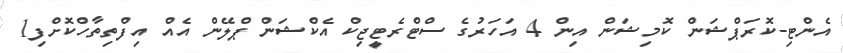
އެންޓި-ކޮރަޕްޝަން ކޮމިޝަން އިން 4 އަހަރުގެ ސްޓްރެޓީޖިކް އެކްޝަން ޕްލޭން އެއް އިފްތިތާހްކޮށްފި1